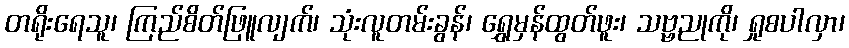
တရိုးရေသူ၊ ကြည်စိတ်ဖြူလျက်၊ သုံးလူတမ်းခွန်၊ ရွှေမှန်ထွတ်ဖူး၊ သဗ္ဗညုကို၊ ရှုစပါလှာ၊